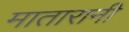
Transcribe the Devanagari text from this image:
मातारानी